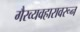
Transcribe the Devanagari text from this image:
गैरव्यवहारावरून